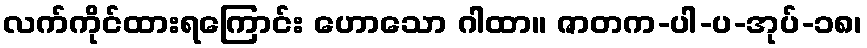
လက်ကိုင်ထားရကြောင်း ဟောသော ဂါထာ။ ဇာတက-ပါ-ပ-အုပ်-၁၈၊